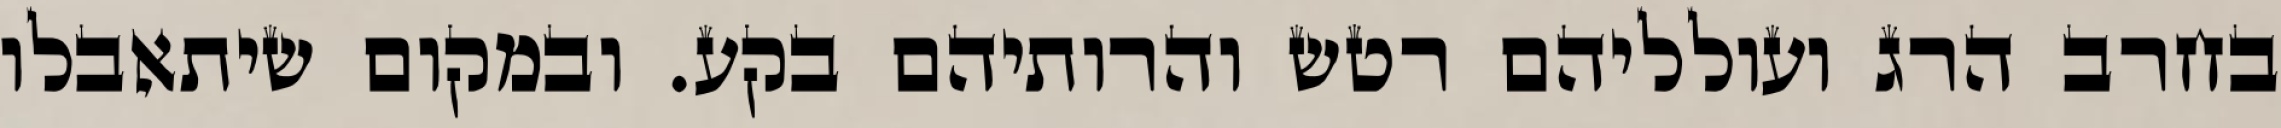
בחרב הרג ועולליהם רטש והרותיהם בקע. ובמקום שיתאבלו